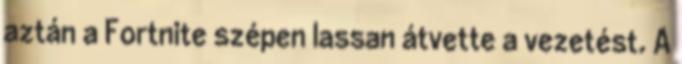
aztán a Fortnite szépen lassan átvette a vezetést. A